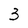
Character: 3